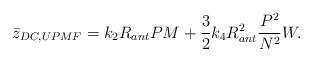
LaTeX: \begin{align*}\bar{z}_{DC,UPMF}=k_2 R_{ant} P M+\frac{3}{2}k_4 R_{ant}^2 \frac{P^2}{N^2} W.\end{align*}